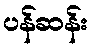
ပန်ဆန်း